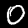
Digit: 0